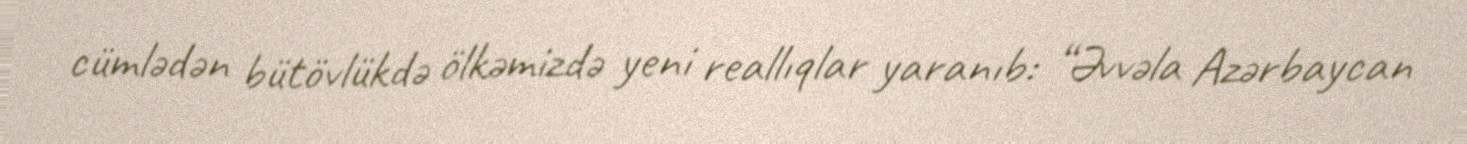
cümlədən bütövlükdə ölkəmizdə yeni reallıqlar yaranıb: “Əvvəla Azərbaycan